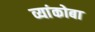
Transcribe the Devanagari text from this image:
व्यांकोबा